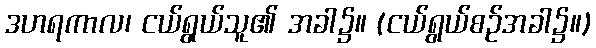
ဒဟရကာလ၊ ငယ်ရွယ်သူ၏ အခါ၌။ (ငယ်ရွယ်စဉ်အခါ၌။)